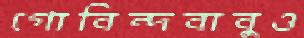
গোবিন্দবাবুও